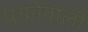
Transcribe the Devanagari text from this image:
पचनेवाली